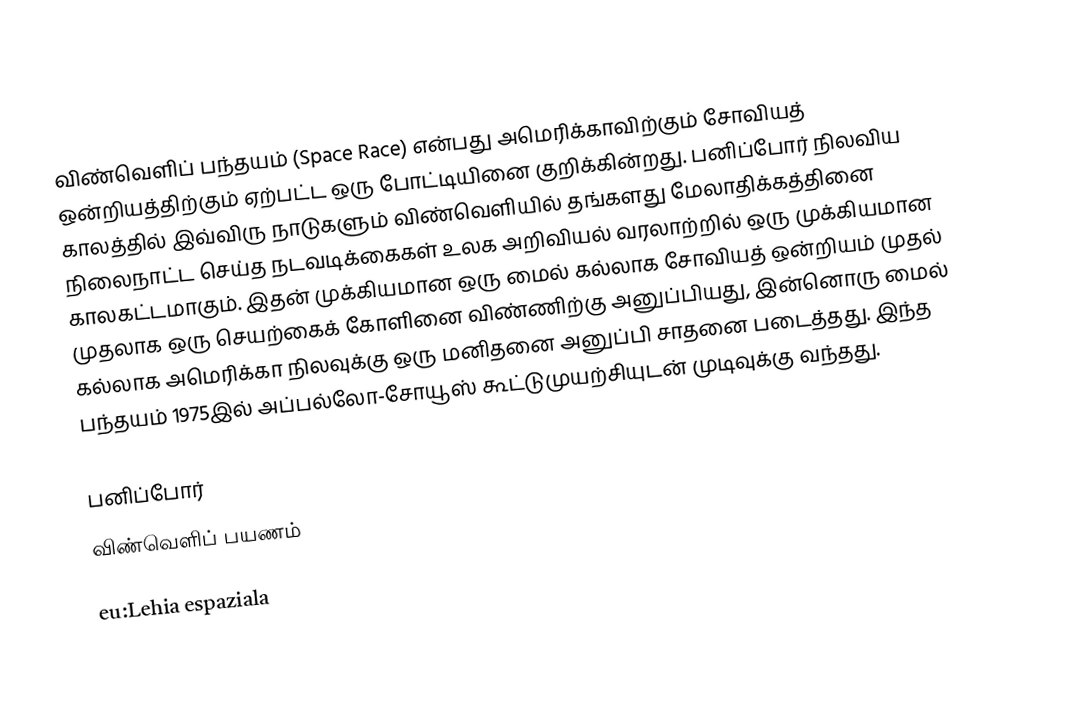
விண்வெளிப் பந்தயம் (Space Race) என்பது அமெரிக்காவிற்கும் சோவியத் ஒன்றியத்திற்கும் ஏற்பட்ட ஒரு போட்டியினை குறிக்கின்றது. பனிப்போர் நிலவிய காலத்தில் இவ்விரு நாடுகளும் விண்வெளியில் தங்களது மேலாதிக்கத்தினை நிலைநாட்ட செய்த நடவடிக்கைகள் உலக அறிவியல் வரலாற்றில் ஒரு முக்கியமான காலகட்டமாகும். இதன் முக்கியமான ஒரு மைல் கல்லாக சோவியத் ஒன்றியம் முதல் முதலாக ஒரு செயற்கைக் கோளினை விண்ணிற்கு அனுப்பியது, இன்னொரு மைல் கல்லாக அமெரிக்கா நிலவுக்கு ஒரு மனிதனை அனுப்பி சாதனை படைத்தது. இந்த பந்தயம் 1975இல் அப்பல்லோ-சோயூஸ் கூட்டுமுயற்சியுடன் முடிவுக்கு வந்தது.

பனிப்போர்
விண்வெளிப் பயணம்

eu:Lehia espaziala